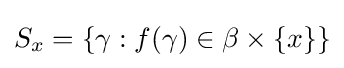
S_{x}=\{\gamma :f(\gamma )\in \beta \times \{x\}\}